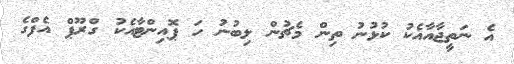
އެ ނަތީޖާއާއެކު ކުޅުނު ތިން މެޗުން ލިބުނު ހަ ޕޮއިންޓާއެކު ގްރޫޕް އެފްގެ